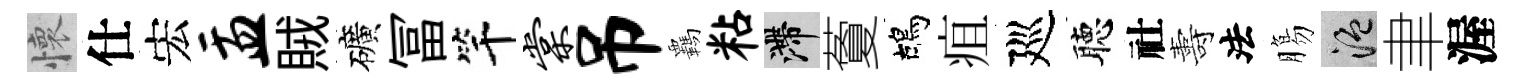
懷仕宏盂賊礦冨竿棠吊覊粘滯藑鴣疽廵聴社夀法膓温聿渥